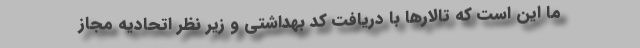
ما این است که تالارها با دریافت کد بهداشتی و زیر نظر اتحادیه مجاز